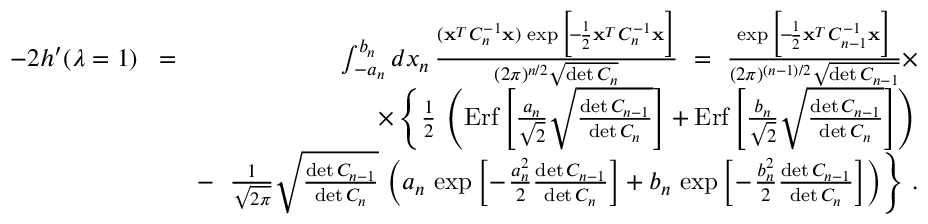
\begin{array} { r l r } { - 2 h ^ { \prime } ( \lambda = 1 ) } & { \! = \! } & { \int _ { - a _ { n } } ^ { b _ { n } } d x _ { n } \, { \frac { ( { \bf x } ^ { _ T } C _ { n } ^ { - 1 } { \bf x } ) \, \exp \Big [ \! - \! { \frac { 1 } { 2 } } { \bf x } ^ { _ T } C _ { n } ^ { - 1 } { \bf x } \Big ] } { ( 2 \pi ) ^ { n / 2 } \sqrt { \operatorname* { d e t } C _ { n } } } } \ = \ { \frac { \exp \Big [ \! - \! { \frac { 1 } { 2 } } { \bf x } ^ { _ T } C _ { n - 1 } ^ { - 1 } { \bf x } \Big ] } { ( 2 \pi ) ^ { ( n - 1 ) / 2 } \sqrt { \operatorname* { d e t } C _ { n - 1 } } } } \times } \\ & { } & { \times \left\{ { \frac { 1 } { 2 } } \, \left( \mathrm { E r f } \left[ { \frac { a _ { n } } { \sqrt 2 } } \sqrt { \frac { \operatorname* { d e t } C _ { n - 1 } } { \operatorname* { d e t } C _ { n } } } \right] + \mathrm { E r f } \left[ { \frac { b _ { n } } { \sqrt 2 } } \sqrt { \frac { \operatorname* { d e t } C _ { n - 1 } } { \operatorname* { d e t } C _ { n } } } \right] \right) \right. } \\ & { } & { - \ \left. { \frac { 1 } { \sqrt { 2 \pi } } } \sqrt { \frac { \operatorname* { d e t } C _ { n - 1 } } { \operatorname* { d e t } C _ { n } } } \, \left( a _ { n } \, \exp \Big [ \! - \! { \frac { a _ { n } ^ { 2 } } { 2 } } { \frac { \operatorname* { d e t } C _ { n - 1 } } { \operatorname* { d e t } C _ { n } } } \Big ] + b _ { n } \, \exp \Big [ \! - \! { \frac { b _ { n } ^ { 2 } } { 2 } } { \frac { \operatorname* { d e t } C _ { n - 1 } } { \operatorname* { d e t } C _ { n } } } \Big ] \right) \right\} \, . } \end{array}